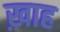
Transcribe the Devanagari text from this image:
ख़ाह